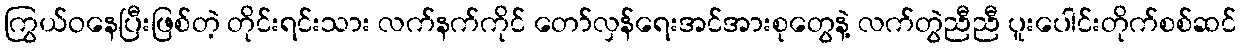
ကြွယ်ဝနေပြီးဖြစ်တဲ့ တိုင်းရင်းသား လက်နက်ကိုင် တော်လှန်ရေးအင်အားစုတွေနဲ့ လက်တွဲညီညီ ပူးပေါင်းတိုက်စစ်ဆင်